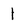
Character: 1